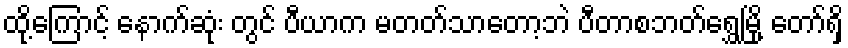
ထို့ကြောင့် နောက်ဆုံး တွင် ပီယာက မတတ်သာတော့ဘဲ ပီတာစဘတ်ရွှေမြို့ တော်ရှိ